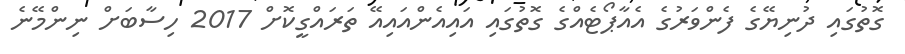
ގޮތުގައި ދުނިޔޭގެ ފެންވަރުގެ އެއާޕޯޓެއްގެ ގޮތުގައި އައިއެންއައިއޭ ތަރައްގީކޮށް 2017 ހިސާބަށް ނިންމޭނެ